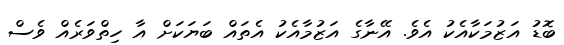
ބޮޑު އަޒުމަކާއެކު އެވެ. އޭނާގެ އަޒުމާއެކު އެތައް ބަޔަކަށް އާ ހިތްވަރެއް ވެސް